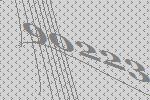
90223